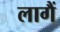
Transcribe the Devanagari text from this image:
लागैं